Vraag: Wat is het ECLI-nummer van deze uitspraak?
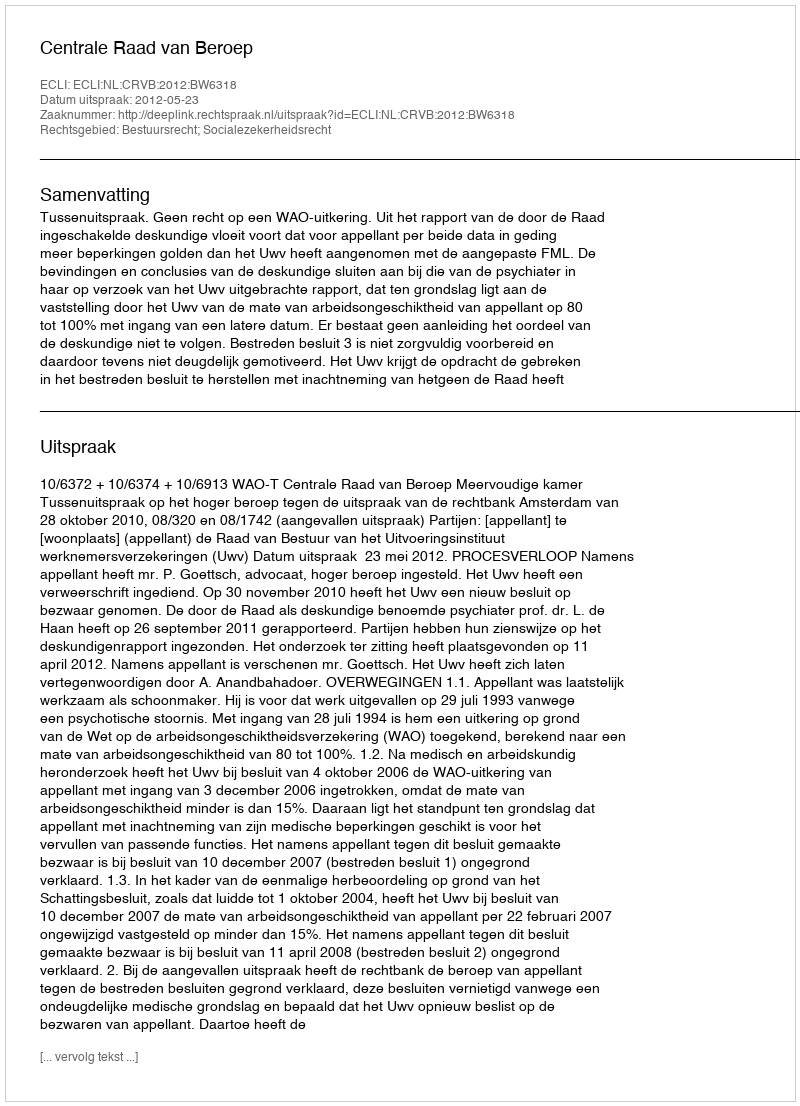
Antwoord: ECLI:NL:CRVB:2012:BW6318